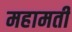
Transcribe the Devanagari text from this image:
महामती